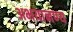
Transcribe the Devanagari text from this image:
अभयानण्‍य